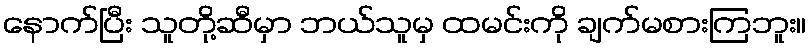
နောက်ပြီး သူတို့ဆီမှာ ဘယ်သူမှ ထမင်းကို ချက်မစားကြဘူး။